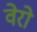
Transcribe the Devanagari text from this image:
वेरो